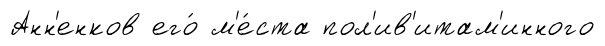
Анн'енков его́ м'е́ста пол'ив'итам'инного